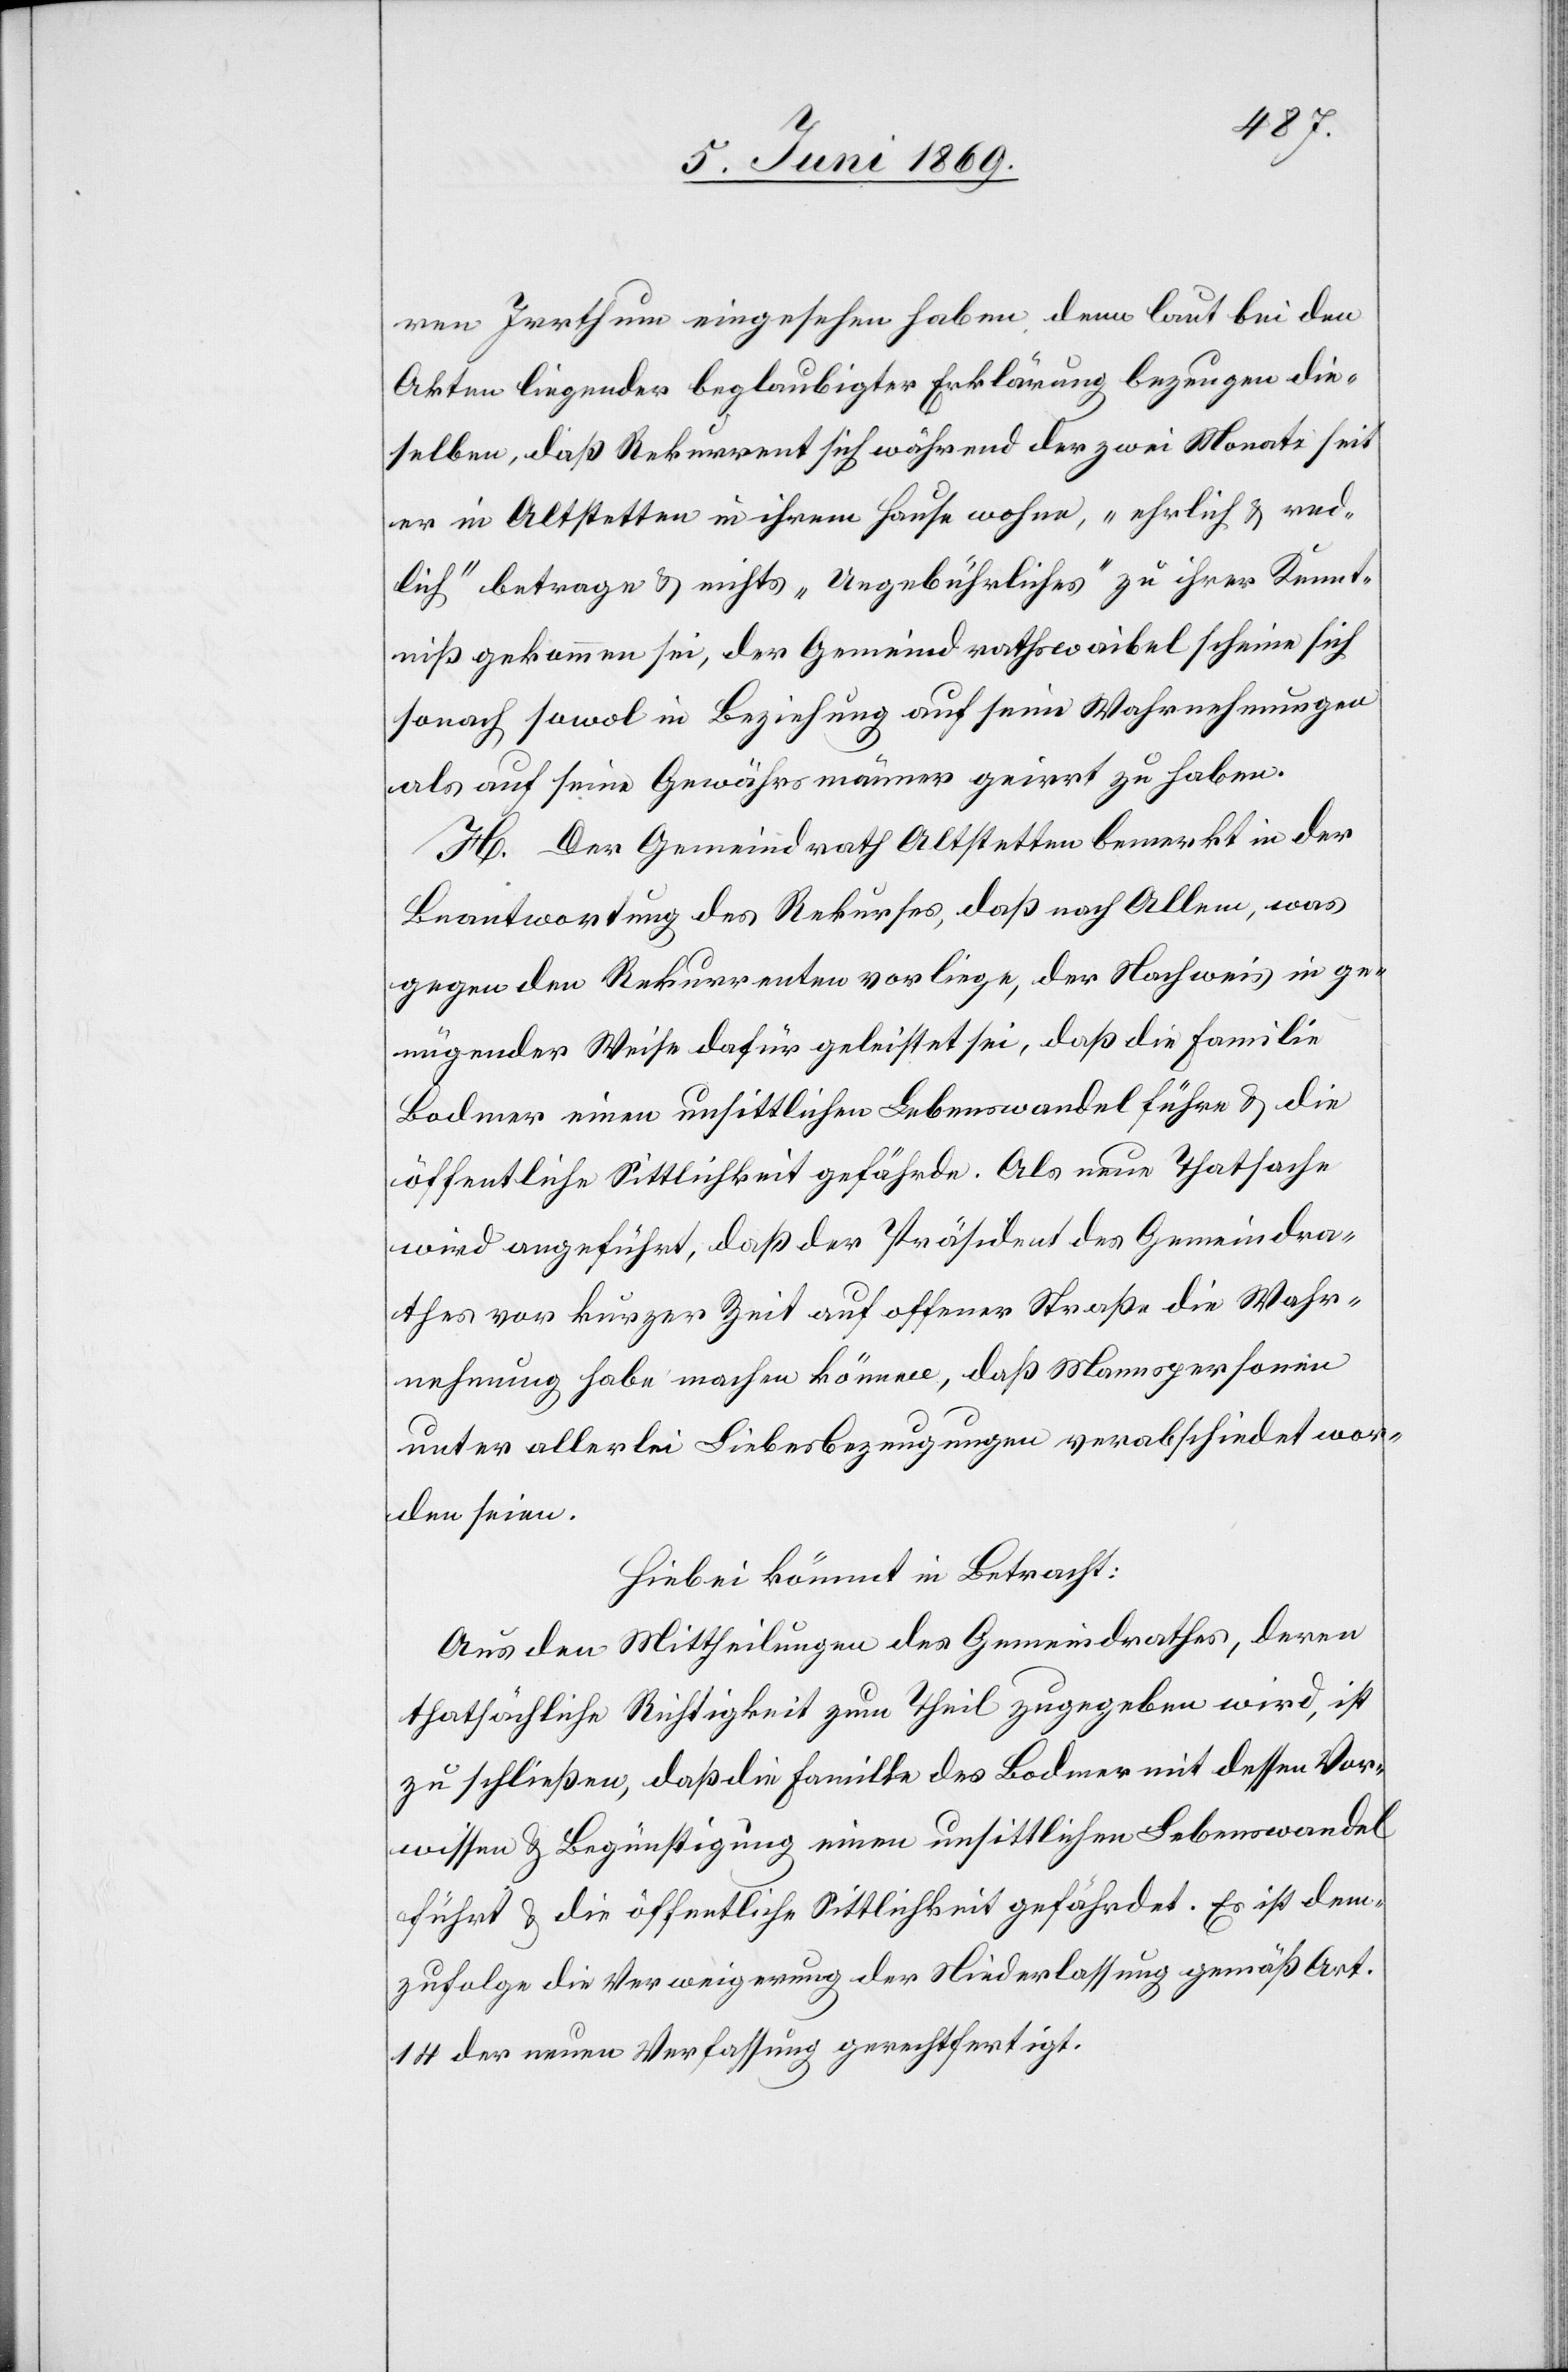
ren Irrthum eingesehen haben, denn laut bei den
Akten liegender beglaubigter Erklärung bezeugen die¬
selben, daß Rekurrent sich während der zwei Monate seit
er in Altstetten in ihrem Hause wohne, „ehrlich“ u. red¬
lich“ betrage u. nichts „Ungebührliches“ zu ihrer Kennt¬
niß gekommen sei, der Gemeindrathsweibel scheine sich
sonach sowol in Beziehung auf seine Wahrnehmungen
als auf seine Gewährsmänner geirrt zu haben.
H. Der Gemeindrath Altstetten bemerkt in der
Beantwortung des Rekurses, daß nach Allem, was
gegen den Rekurrenten vorliege, der Nachweis in ge¬
nügender Weise dafür geleistet sei, daß die Familie
Bodmer einen unsittlichen Lebenswandel führe u. die
öffentliche Sittlichkeit gefährde. Als neue Thatsache
wird angeführt, daß der Präsident des Gemeindra¬
thes vor kurzer Zeit auf offener Straße die Wahr¬
nehmung habe machen können, daß Mannspersonen
unter allerlei Liebesbezeugungen verabschiedet wor¬
den seien.
Hiebei kömmt in Betracht:
Aus den Mittheilungen des Gemeindrathes, deren
thatsächliche Richtigkeit zum Theil zugegeben wird, ist
zu schließen, daß die Familie des Bodmer mit dessen Vor¬
wissen u. Begünstigung einen unsittlichen Lebenswandel
führt u. die öffentliche Sittlichkeit gefährdet. Es ist dem¬
zufolge die Verweigerung der Niederlassung gemäß Art.
14 der neuen Verfassung gerechtfertigt.